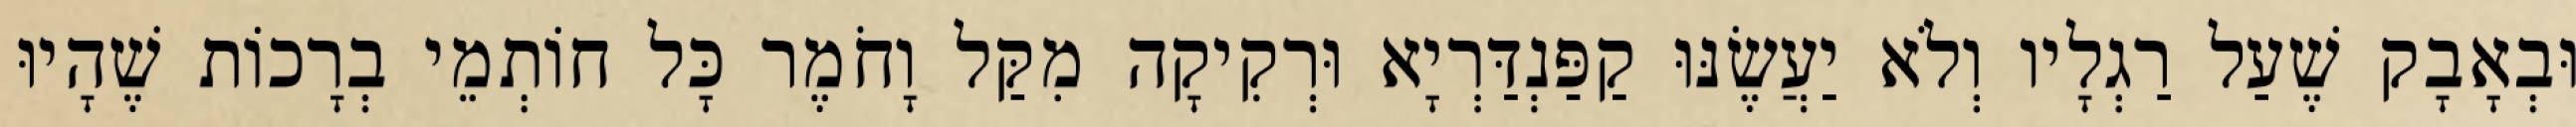
וּבְאָבָק שֶׁעַל רַגְלָיו וְלֹא יַעֲשֶׂנּוּ קַפַּנְדַּרְיָא וּרְקִיקָה מִקַּל וָחֹמֶר כָּל חוֹתְמֵי בְרָכוֹת שֶׁהָיוּ